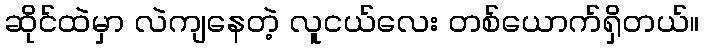
ဆိုင်ထဲမှာ လဲကျနေတဲ့ လူငယ်လေး တစ်ယောက်ရှိတယ်။